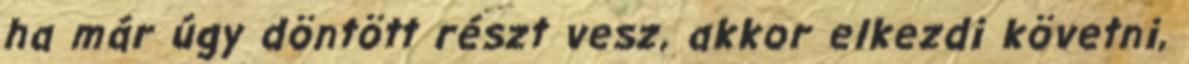
ha már úgy döntött részt vesz, akkor elkezdi követni,